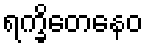
ရက္ခိတေနေဝ